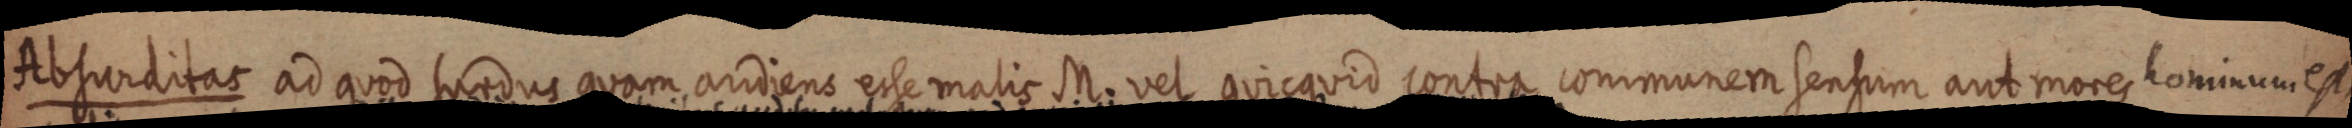
Aibtundotas ad aved Eladus quam ariiene esse malis Mn, vel quicavio pontrs conimunemitentum aut meres cominum est